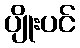
ပျိုးပင်